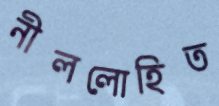
নীললোহিত